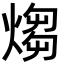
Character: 煼